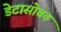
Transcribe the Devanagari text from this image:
डेटासोबत